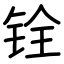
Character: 铨